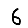
Digit: 6